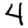
Digit: 4